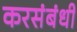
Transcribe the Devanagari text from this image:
करसंबंधी